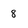
Character: 8